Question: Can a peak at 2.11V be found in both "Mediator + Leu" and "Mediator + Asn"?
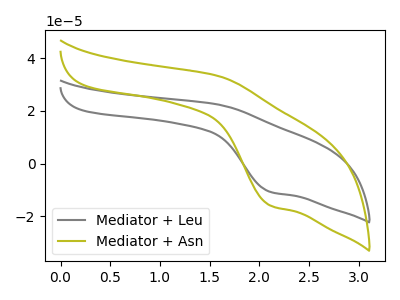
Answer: <think>The gray curve "Mediator + Leu" has an anodic peak at (1.60V, 22.40uA) and a cathodic peak at (2.10V, -10.70uA). The olive curve "Mediator + Asn" has an anodic peak at (1.60V, 33.25uA) and a cathodic peak at (2.10V, -15.85uA).</think>
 <answer>Yes, "Mediator + Leu" and "Mediator + Asn" share a peak at 2.11V.</answer>
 <eval>match</eval>